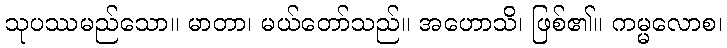
သုပဿမည်သော။ မာတာ၊ မယ်တော်သည်။ အဟောသိ၊ ဖြစ်၏။ ကမ္မလောစ၊